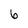
Character: 6